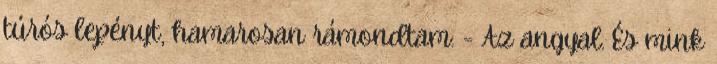
túrós lepényt, hamarosan rámondtam: - Az angyal. És mink